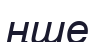
ңше